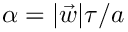
\alpha = | \vec { w } | \tau / a